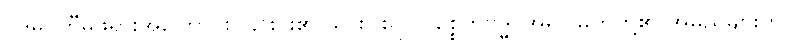
ပဒုမဝတီမိဖုရားအကြောင်း၊ ၎င်းင်း၏ သားငါးရာ ပစ္စေကဗုဒ္ဓါ အရှင်မြတ်တို့၏ အမည်များကို